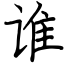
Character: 谁